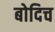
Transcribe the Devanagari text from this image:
बोदिच